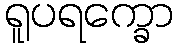
ရူပရက္ခော